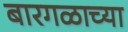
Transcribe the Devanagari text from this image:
बारगळाच्या